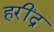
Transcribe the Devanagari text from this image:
हरींद्र